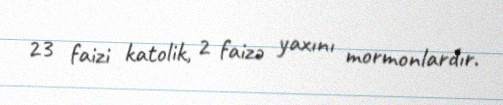
23 faizi katolik, 2 faizə yaxını mormonlardır.